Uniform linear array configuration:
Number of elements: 12
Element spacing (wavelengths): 1
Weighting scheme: uniform
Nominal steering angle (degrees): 15
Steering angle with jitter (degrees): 13.55
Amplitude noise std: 0.05
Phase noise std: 0.05

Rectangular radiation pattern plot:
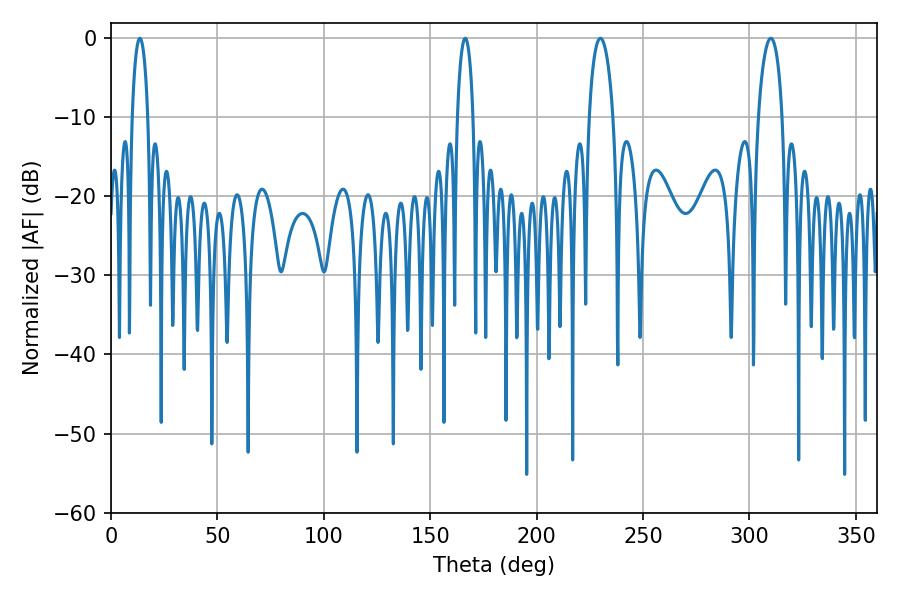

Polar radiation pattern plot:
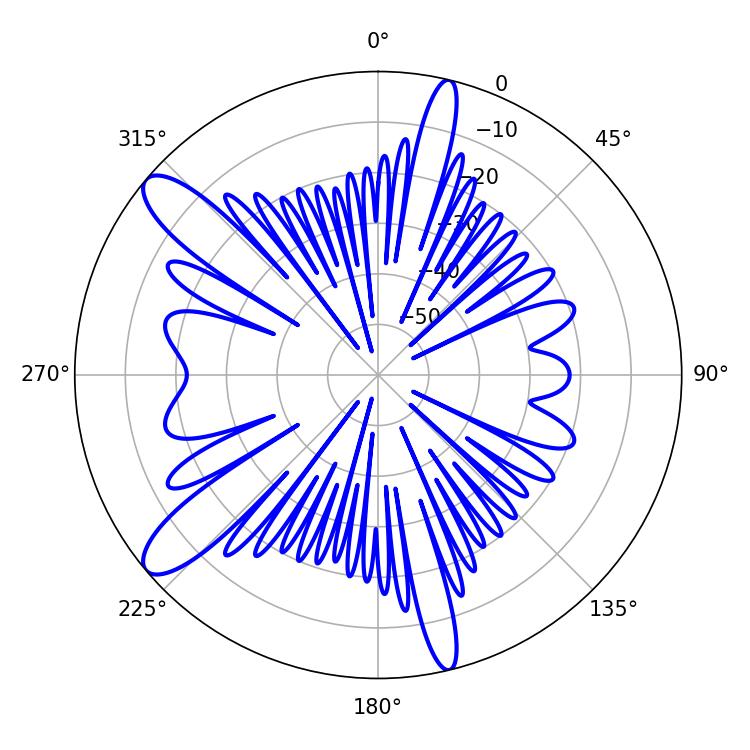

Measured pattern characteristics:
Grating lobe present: TRUE
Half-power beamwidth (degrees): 6.48
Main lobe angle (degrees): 230.04